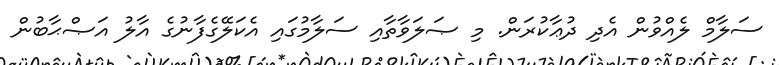
ސަލާމް ލެއްވުން އެދި ދުޢާކުރަން. މި ޞަލަވާތާއި ސަލާމުގައި އެކަލޭގެފާނުގެ އާލު އަޞްޙާބުން